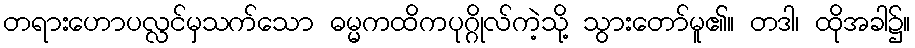
တရားဟောပလ္လင်မှသက်သော ဓမ္မကထိကပုဂ္ဂိုလ်ကဲ့သို့ သွားတော်မူ၏။ တဒါ၊ ထိုအခါ၌။